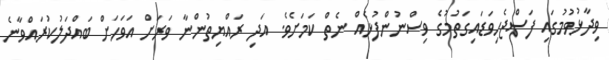
ވިދާޅުވުމުގައި ފަސްޖެހިވަޑައިގަތުމުގެ ވިސްނުންފުޅެއް ނެތް ކަމަށެވެ. އަދި ރައްޔިތުންނާ ވަރަށް އަވަހަށް ބައްދަލުކުރައްވާނެ